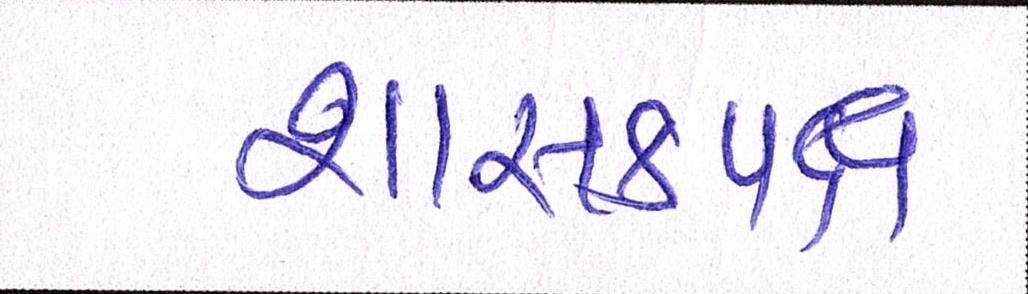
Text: શાસકપક્ષ